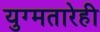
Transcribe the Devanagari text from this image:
युग्मतारेही